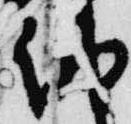
納